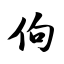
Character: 佝